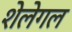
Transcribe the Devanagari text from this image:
शेलेगल